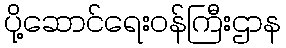
ပို့ဆောင်ရေးဝန်ကြီးဌာန